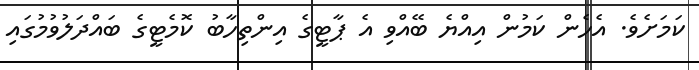
ކަމަށެވެ. އެހެން ކަމުން އިއްޔެ ބޭއްވި އެ ޕާޓީގެ އިންތިހާބު ކޮމެޓީގެ ބައްދަލުވުމުގައި